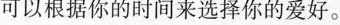
可以根据你的时间来选择你的爱好。